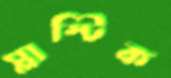
প্লাস্টিক